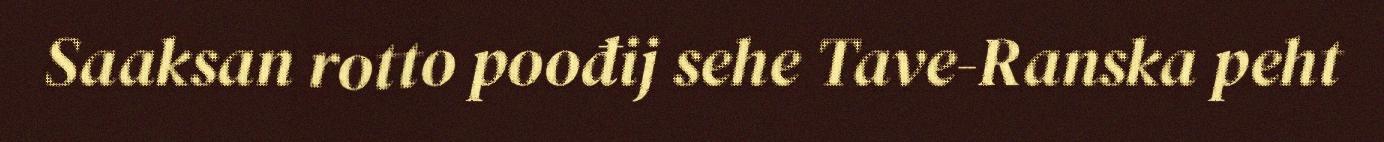
Saaksan rotto poođij sehe Tave-Ranska peht